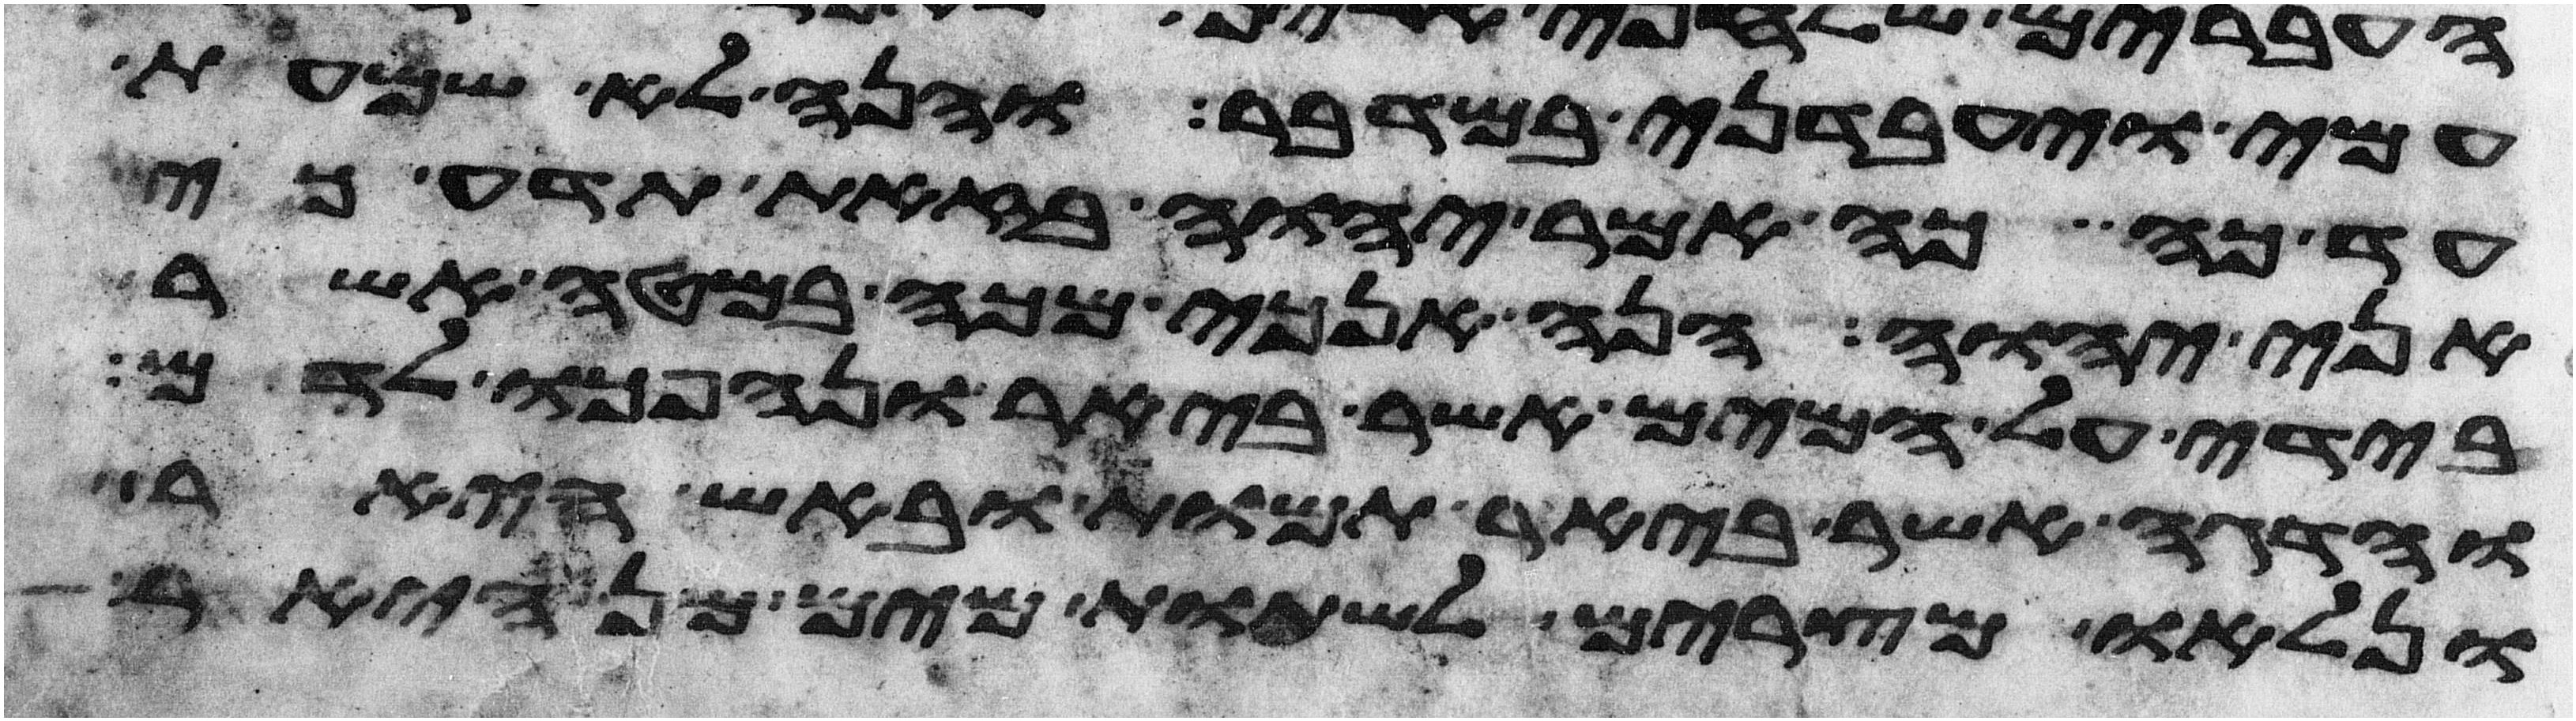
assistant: עמי ויעבדני במדבר והנה לא שמעת
עד כה כה אמר יהוה בזאת תדע כי
אני יהוה הנה אנכי מכה במטה אשר
בידי על המים אשר ביאר ונהפכו לדם
והדגה אשר ביאר תמות ובאש היאר
ונלאו מצרים לשתות מים מן היאר